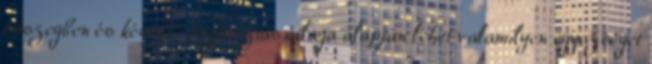
összegben és későbbi fogyasztás átlaga alapján lehet valamilyen egyezséget